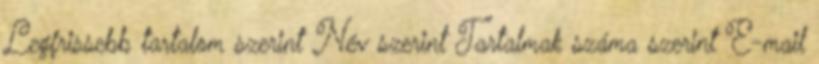
Legfrissebb tartalom szerint Név szerint Tartalmak száma szerint E-mail